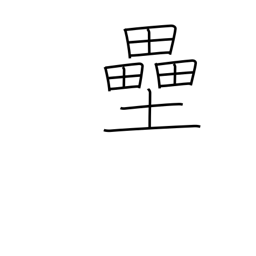
Meaning: base(ball)